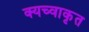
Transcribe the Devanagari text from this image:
क्यच्वाकृत